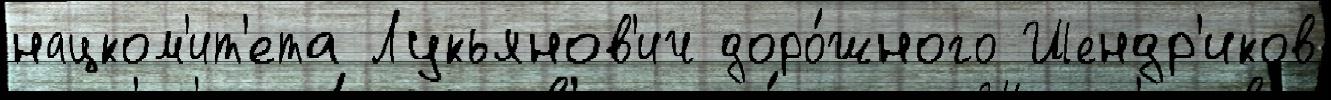
нацком'ит'ета Лукьянов'ич доро́жного Шендр'иков